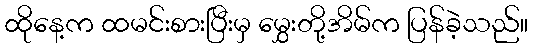
ထိုနေ့က ထမင်းစားပြီးမှ မွှေးတို့အိမ်က ပြန်ခဲ့သည်။